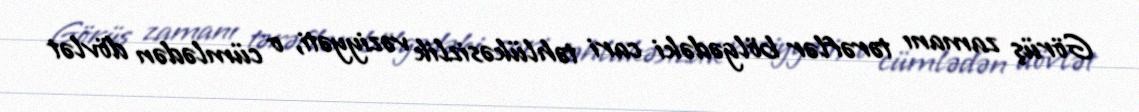
Görüş zamanı tərəflər bölgədəki cari təhlükəsizlik vəziyyəti, o cümlədən dövlət